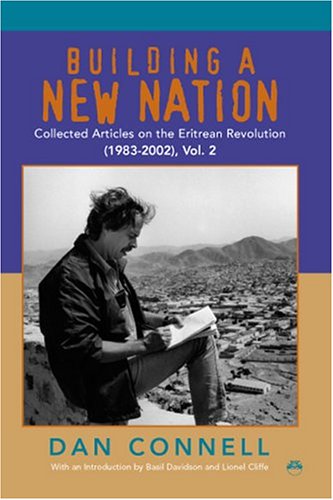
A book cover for Building a New Nation: Collected Articles on the Eritrean Revolution (1983-2002); Dan Connell; History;